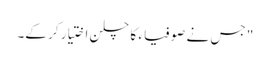
" جس نے صوفیاء کا چلن اختیار کر کے۔